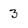
Character: 3